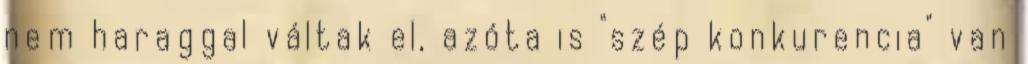
nem haraggal váltak el, azóta is "szép konkurencia" van